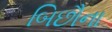
બિછૌના